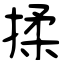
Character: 揉